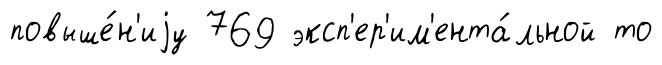
повыше́н'иjу 769 эксп'ер'им'ента́льной то